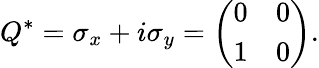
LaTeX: Q^{*}=\sigma_{x}+i\sigma_{y}={\left(\begin{array}{ll}{0}&{0}\\ {1}&{0}\end{array}\right)}.